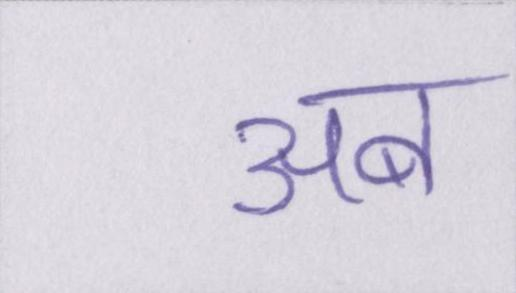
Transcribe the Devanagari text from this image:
अब